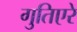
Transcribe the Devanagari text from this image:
गुतिएरे